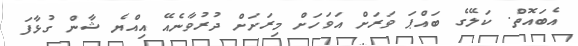
އެބައޮތް. ކަލޭގެ ބައްޕަ ވަރަށް އަވަހަށް މިރަށަށް ދުރުވާނެއޭ އިއްޔެ ޝާން ގުޅާފަ